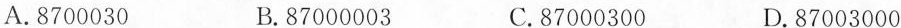
A.8700030 B.87000003 C.87000300 D.87003000